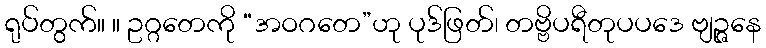
ရုပ်တွက်။ ။ ဥဂ္ဂတေကို “အဝဂတေ”ဟု ပုဒ်ဖြတ်၊ တဗ္ဗိပရီတုပပဒေ ဗျဉ္ဇနေ